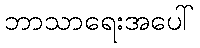
ဘာသာရေးအပေါ်